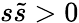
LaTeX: s\tilde{s}>0